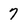
Character: 7